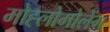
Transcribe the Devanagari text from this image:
मोह्लोमोलेंग